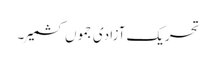
تحریک آزادی جموں کشمیر ۔